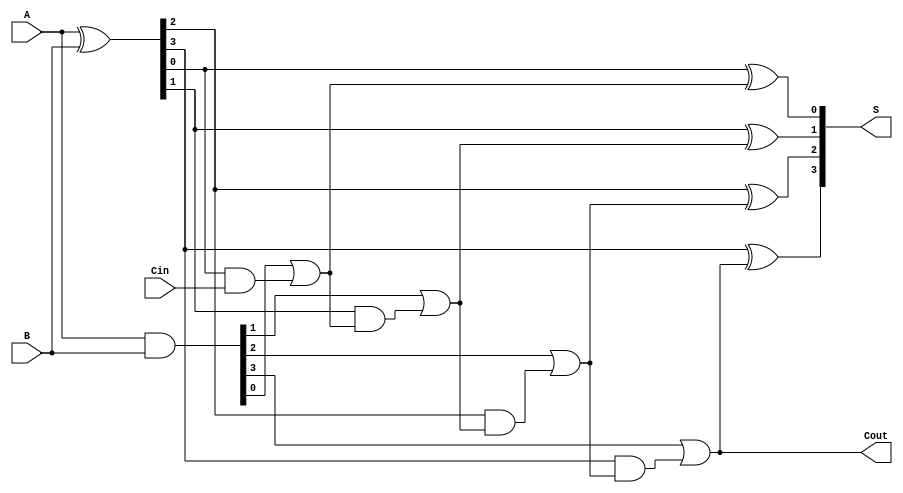
module ConditionalSumAdder #(
    parameter WIDTH = 4 // Width of the input numbers
)(
    input  [WIDTH-1:0] A,    // First input operand
    input  [WIDTH-1:0] B,    // Second input operand
    input  Cin,              // Carry input
    output [WIDTH-1:0] S,    // Sum output
    output Cout              // Carry output
);

    // Generate and propagate signals
    wire [WIDTH-1:0] G; // Generate
    wire [WIDTH-1:0] P; // Propagate
    wire [WIDTH-1:0] S1; // Sum assuming no carry-in
    wire [WIDTH-1:0] S2; // Sum accounting for carry-in
    wire [WIDTH:0] C;    // Carry signals

    // Generate and propagate logic
    assign G = A & B; // G[i] = A[i] AND B[i]
    assign P = A ^ B; // P[i] = A[i] XOR B[i]

    // Carry generation
    assign C[0] = Cin; // Initial carry input
    genvar i;
    generate
        for (i = 0; i < WIDTH; i = i + 1) begin : CSA_bit_slice
            // Sum calculations
            assign S1[i] = P[i] ^ C[i]; // S1[i] = A[i] XOR B[i] XOR Cin
            assign S2[i] = P[i] ^ C[i+1]; // S2[i] = (A[i] XOR B[i]) XOR (G[i-1] OR (P[i-1] AND Cin))
            
            // Carry calculation
            assign C[i+1] = G[i] | (P[i] & C[i]); // C[i+1] = G[i] OR (P[i] AND C[i])
        end
    endgenerate

    // Final sum and carry output
    assign S = S2; // Final sum is based on S2
    assign Cout = C[WIDTH]; // Final carry out

endmodule